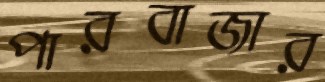
পারবাজার